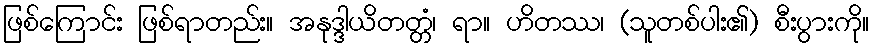
ဖြစ်ကြောင်း ဖြစ်ရာတည်း။ အနုဒ္ဒါယိတတ္တံ၊ ရာ။ ဟိတဿ၊ (သူတစ်ပါး၏) စီးပွားကို။